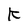
Character: k